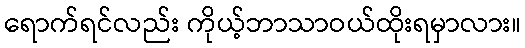
ရောက်ရင်လည်း ကိုယ့်ဘာသာဝယ်ထိုးရမှာလား။